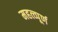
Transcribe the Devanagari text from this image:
महत्‍व्‍पूर्ण